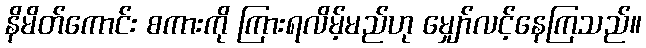
နိမိတ်ကောင်း စကားကို ကြားရလိမ့်မည်ဟု မျှော်လင့်နေကြသည်။